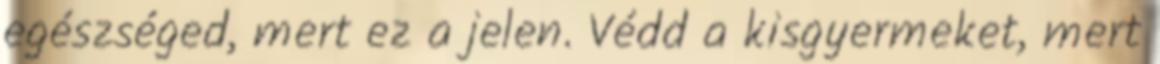
egészséged, mert ez a jelen. Védd a kisgyermeket, mert